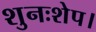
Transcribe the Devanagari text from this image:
शुनःशेप।